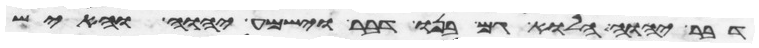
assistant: דבר יהוה הלוא גם בנו דבר וישמע יהוה והאיש